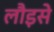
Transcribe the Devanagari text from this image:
लौइसे